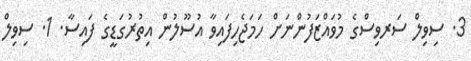
3. ސިވިލް ސަރވިސްގެ މުވައްޒަފުންނަށް ހަމަޖެހިފައިވާ އުސޫލުން އިތުރުގަޑީގެ ފައިސާ. 1. ސިވިލް